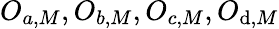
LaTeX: O_{a,M},O_{b,M},O_{c,M},O_{\mathrm{d},M}